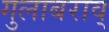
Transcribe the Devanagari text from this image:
गुलाबराव्